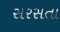
સરસતા